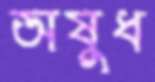
অষুধ